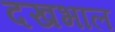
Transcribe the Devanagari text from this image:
दखभाल